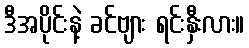
ဒီအပိုင်းနဲ့ ခင်ဗျား ရင်းနှီးလား။